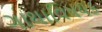
ગાથાવિષયક